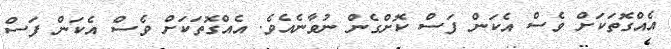
އެއްގޮތަކަށް ވެސް އެކަން ފަސް ކޮށްގެން ނުވާނެއެވެ. އެއްގޮތަކަށް ވެސް އެކަން ފަސް